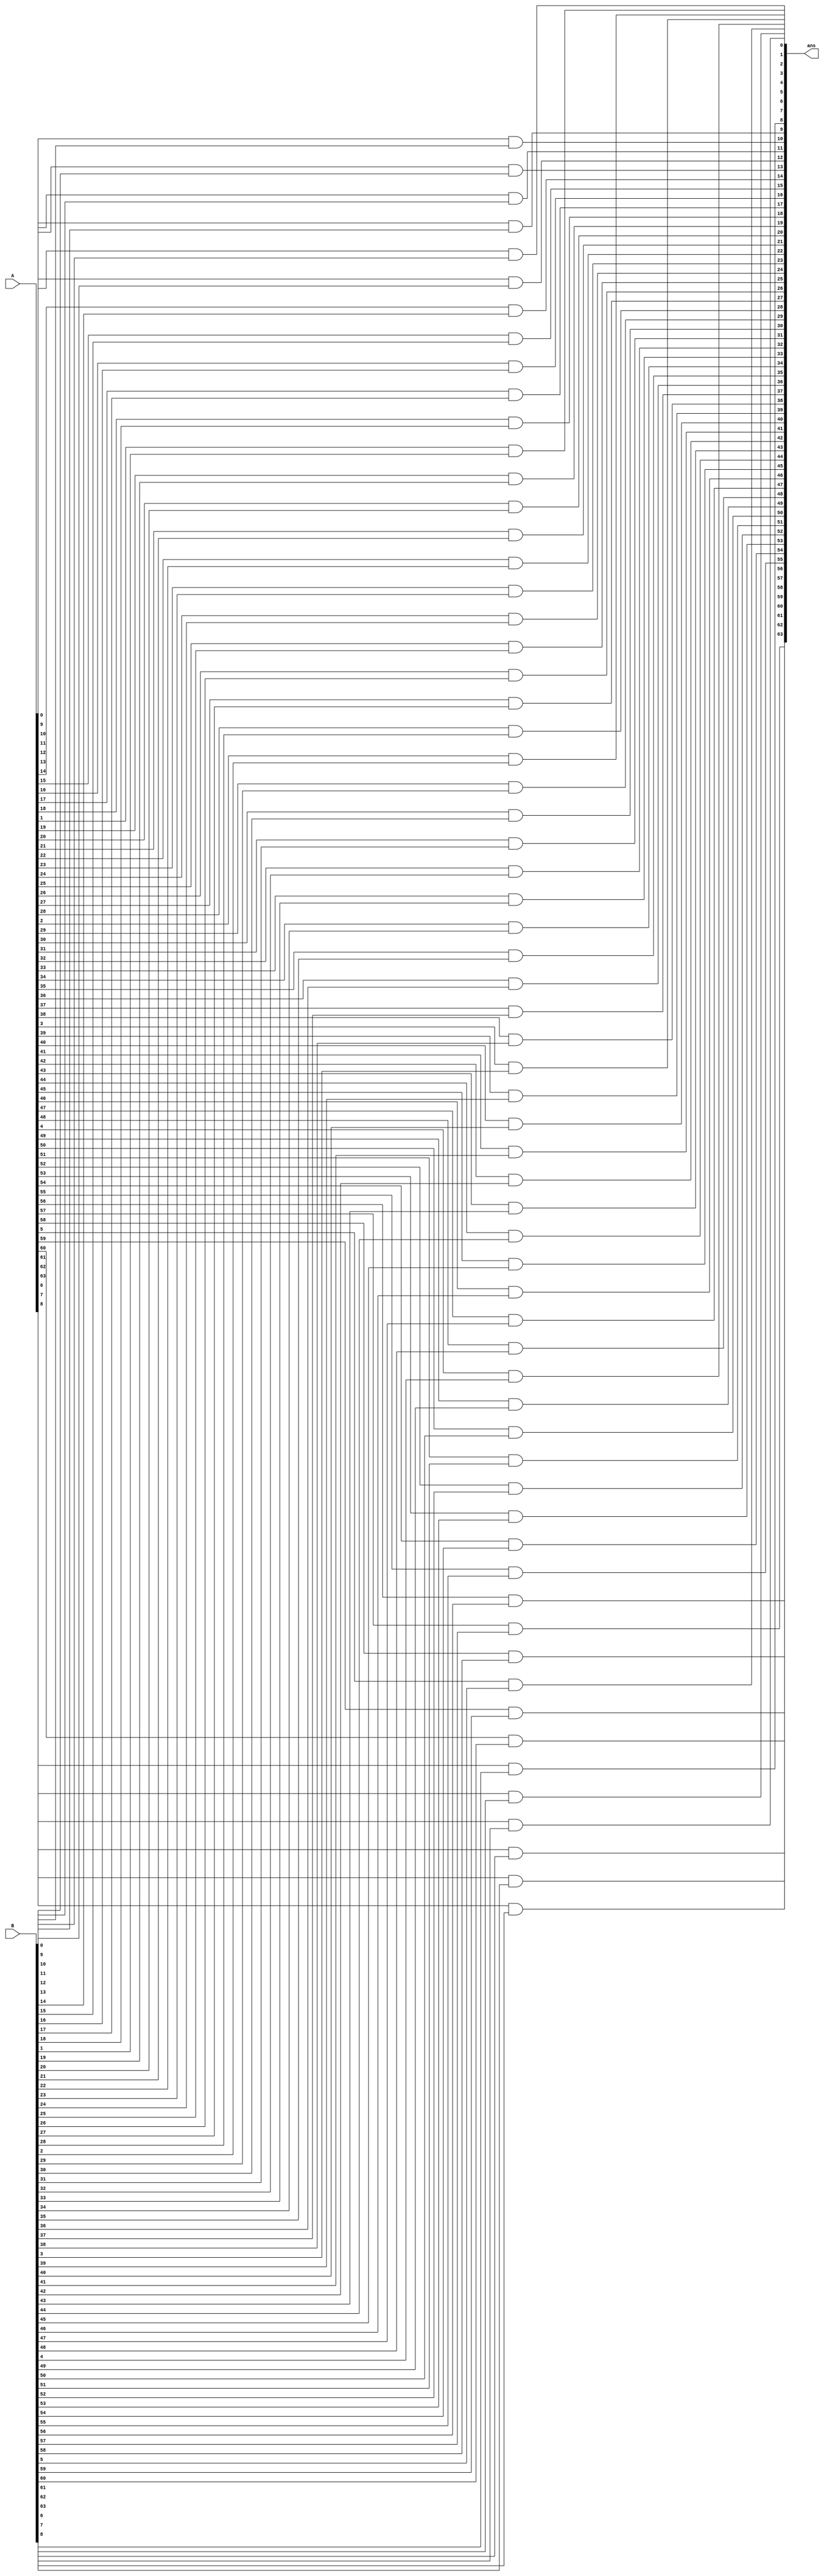
module and_block(
    input [63:0]A,
    input [63:0]B,
    output [63:0]ans
);

genvar i;

generate for(i=0;i<64;i=i+1)
begin
    and(ans[i],A[i],B[i]);
end
endgenerate

endmodule